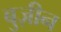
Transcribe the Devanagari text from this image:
बुज़ीन